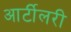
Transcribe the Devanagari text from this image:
आर्टीलरी